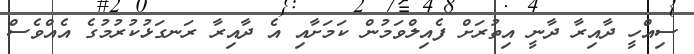
ސިއްހީ ދާއިރާ ދާނީ އިތުރަށް ފެއިލްވަމުން ކަމަށާއި އެ ދާއިރާ ރަނގަޅުކުރުމުގެ އެއްވެސް